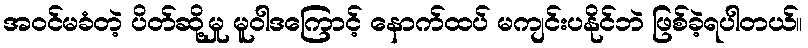
အဝင်မခံတဲ့ ပိတ်ဆို့မှု မူဝါဒကြောင့် နောက်ထပ် မကျင်းပနိုင်ဘဲ ဖြစ်ခဲ့ရပါတယ်။